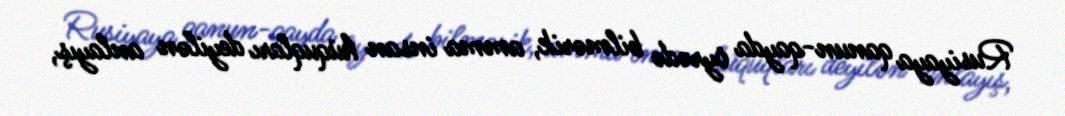
Rusiyaya qanun-qayda öyrədə bilmərik, amma insan hüquqları deyilən anlayış,